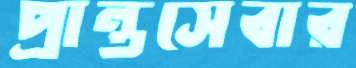
প্রান্তসেবার